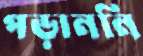
পড়াননি